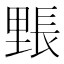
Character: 𮡙